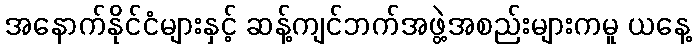
အနောက်နိုင်ငံများနှင့် ဆန့်ကျင်ဘက်အဖွဲ့အစည်းများကမူ ယနေ့